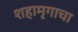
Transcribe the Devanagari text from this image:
शहामृगाचा